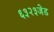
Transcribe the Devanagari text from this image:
६३२३जेड